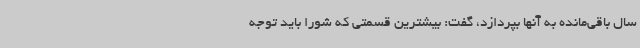
سال باقی‌مانده به آنها بپردازد، گفت: بیشترین قسمتی که شورا باید توجه